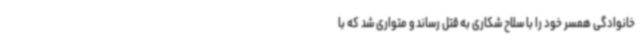
خانوادگی همسر خود را با سلاح شکاری به قتل رساند و متواری شد که با